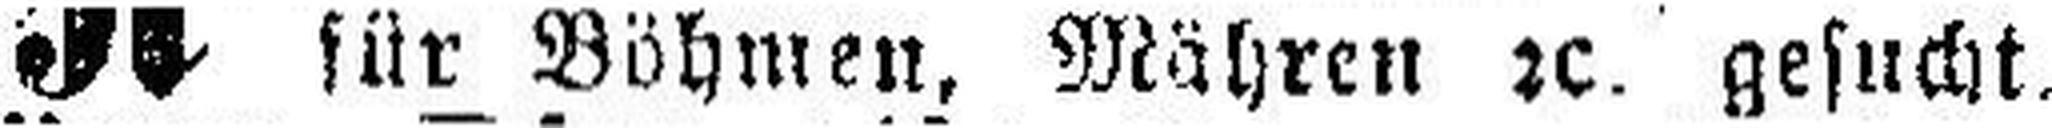
für Böhmen, Mähren 2c. gesucht.